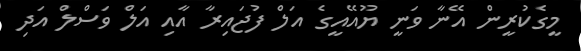
މީގެކުރީން އޭނާ ވަނީ ޔޫއޭއީގެ އަލް ފުޖައިރާ އާއި އަލް ވަސްލް އަދި